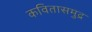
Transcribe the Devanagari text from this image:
कवितासमुद्र